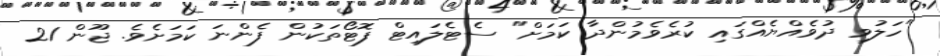
"ހަލުވި ދުވެއްޔެއްގައި ކުރެވެމުންދާ ކަމަށް" ސެޓެލައިޓް ފޮޓޯތަކުން ފެންނަ ކަމަށެވެ. ޖޫން 21